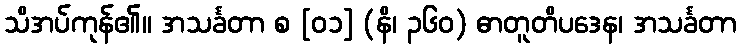
သိအပ်ကုန်၏။ အသင်္ခတာ စ [၀၁] (နိ၊ ၃၆၀) ဓာတူတိပဒေန၊ အသင်္ခတာ